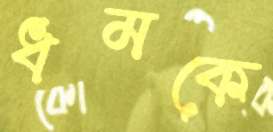
ধমকে